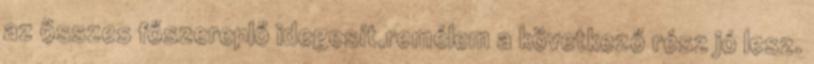
az összes főszereplő idegesít,remélem a következő rész jó lesz.